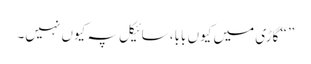
” “گاڑی میں کیوں بابا، سائیکل پہ کیوں نہیں۔